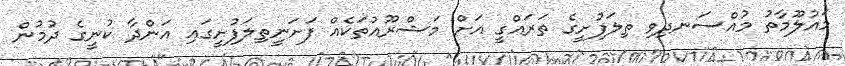
މައުލޫމާތު މުއްސަނދިވި ތިލަފުށީގެ ތަރައްގީ އަށް މަޝްރޫއުތަކެއް ފަށަނީތިލަފުށީގައި އަންދާ ކުނީގެ ދުމުން